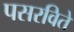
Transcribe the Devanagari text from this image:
पसरविते